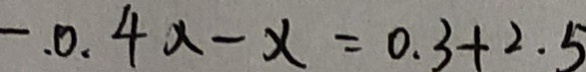
- . 0 . 4 x - x = 0 . 3 + 2 . 5